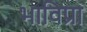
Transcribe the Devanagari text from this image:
भाविप्रा